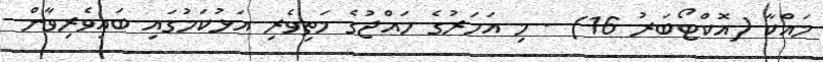
މައްކާ (އޮކްޓޯބަރު 16) - މި އަހަރުގެ ހައްޖުގެ މަތިވެރި އަޅުކަމުގައި ބައިވެރިވާން